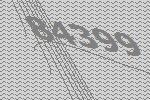
84399